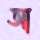
আ